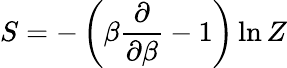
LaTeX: S=-\left(\beta\frac{\partial}{\partial\beta}-1\right)\ln Z